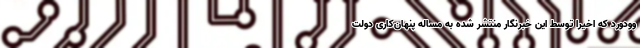
وودورد که اخیرا توسط این خبرنگار منتشر شده به مساله پنهان‌کاری دولت